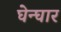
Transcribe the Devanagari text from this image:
घेन्घार